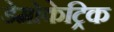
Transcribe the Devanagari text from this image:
डेमोकेट्रिक